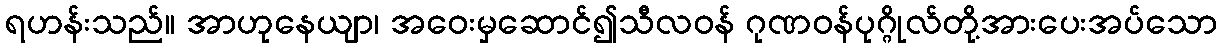
ရဟန်းသည်။ အာဟုနေယျာ၊ အဝေးမှဆောင်၍သီလဝန် ဂုဏဝန်ပုဂ္ဂိုလ်တို့အားပေးအပ်သော